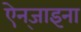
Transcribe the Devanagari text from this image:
ऐन्‌जाइना